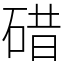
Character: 碏